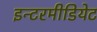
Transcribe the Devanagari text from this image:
इन्टरमीडियेट